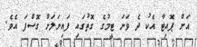
އަށް ޕޮއިޓާ އެކު ދެ ވަނަ ޓީމުގެ ގޮތުގައި ފައިނަލަށް ގޮސްފަ އެވެ.